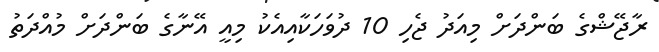
ރާޖޭޝްގެ ބަންދަށް މިއަދު ޖެހި 10 ދުވަހަކާއިއެކު މިއީ އޭނާގެ ބަންދަށް މުއްދަތު